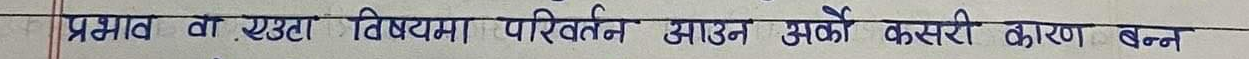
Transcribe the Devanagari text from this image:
प्रभाव का एउटा विश्वमा परिवर्तन आउन अर्काे कसरी कारण बन्न